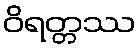
ဝိရတ္တဿ